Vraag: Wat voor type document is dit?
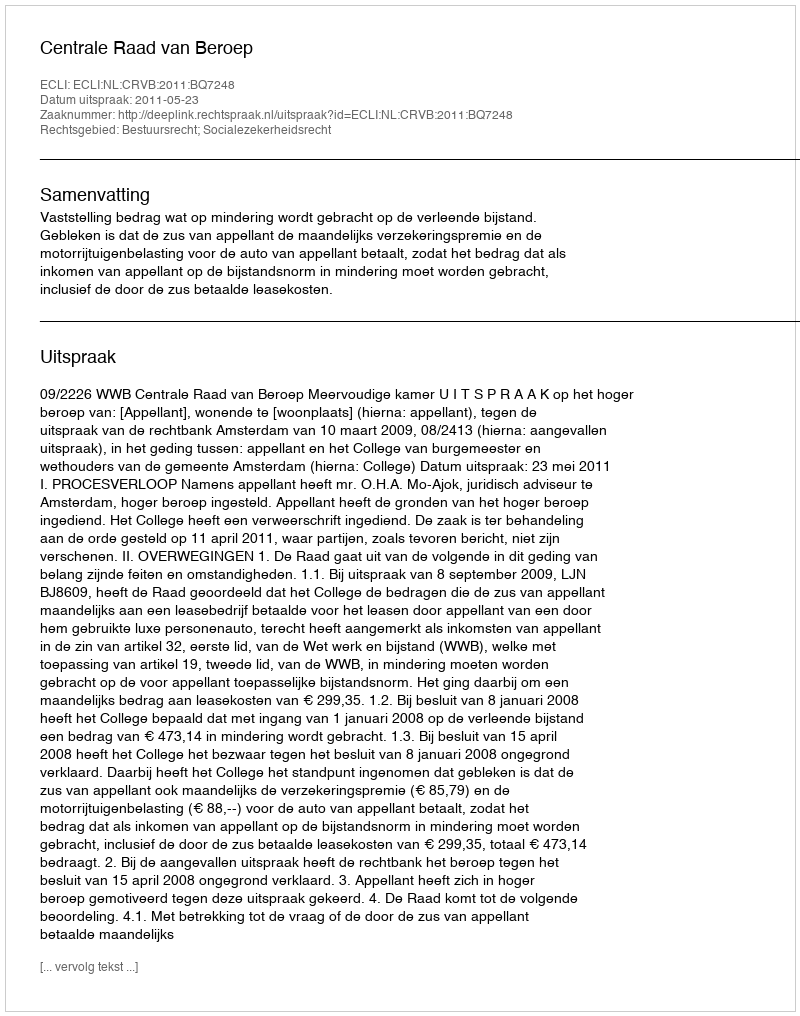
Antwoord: Uitspraak